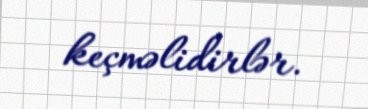
keçməlidirlər.